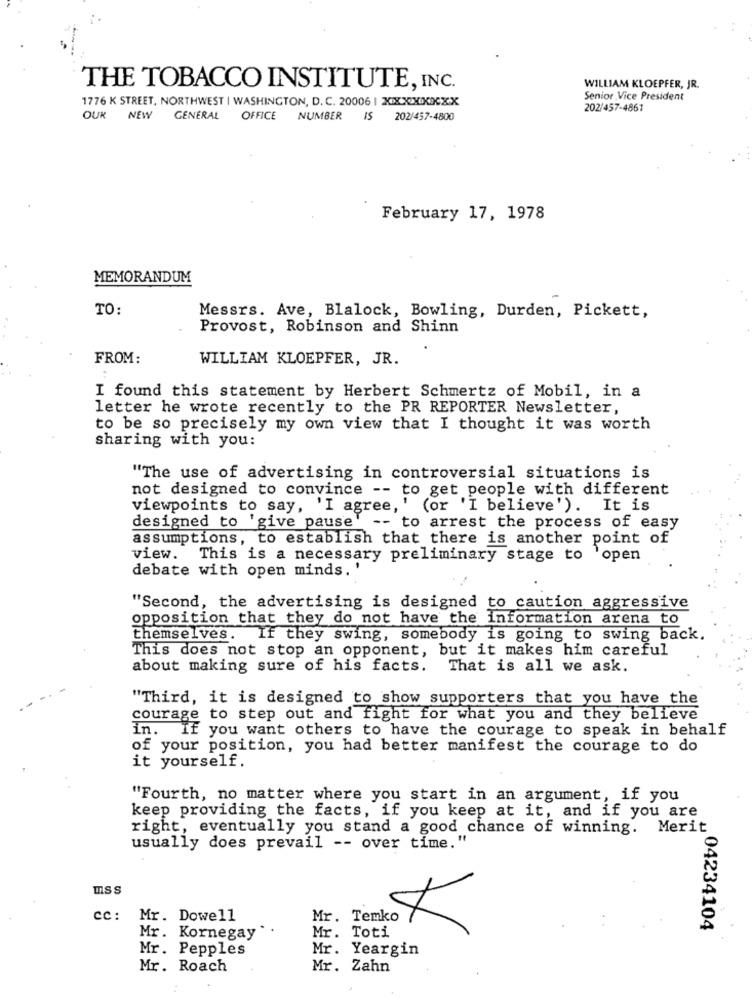
THE TOBACCO INSTITUTE, INC.
WILLIAM KLOEPFER, JR.
1776 K STREET, NORTHWEST | WASHINGTON, D. C. 20006 | XXXXXXXX
Senior Vice President
202/457-4861
OUR NEW
GENERAL OFFICE NUMBER
IS 202/457-4800
February 17, 1978
MEMORANDUM
TO:
Messrs. Ave, Blalock, Bowling, Durden, Pickett,
Provost, Robinson and Shinn
FROM:
WILLIAM KLOEPFER, JR.
I found this statement by Herbert Schmertz of Mobil, in a
letter he wrote recently to the PR REPORTER Newsletter,
to be so precisely my own view that I thought it was worth
sharing with you:
"The use of advertising in controversial situations is
not designed to convince -- to get people with different
viewpoints to say, 'I agree,' (or 'I believe'). It is
designed to 'give pause'
-- to arrest the process of easy
assumptions, to establish that there is another point of
view.
This is a necessary preliminary stage to 'open
debate with open minds.
"Second, the advertising is designed to caution aggressive
opposition that they do not have the information arena to
themselves. If they swing, somebody is going to swing back.
This does not stop an opponent, but it makes him careful
about making sure of his facts. That is all we ask.
"Third, it is designed to show supporters that you have the
courage to step out and fight for what you and they believe
In.
If you want others to have the courage to speak in behalf
of your position, you had better manifest the courage to do
it yourself.
"Fourth, no matter where you start in an argument, if you
keep providing the facts, if you keep at it, and if you are
right, eventually you stand a good chance of winning. Merit
usually does prevail -- over time."
ISS
cc: Mr. Dowell
Mr.
L 04234104
Mr. Kornegay
Mr. Toti
Mr. Pepples
Mr. Yeargin
Mr. Roach
Mr. Zahn